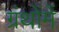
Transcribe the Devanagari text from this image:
ग्रंथोंमें